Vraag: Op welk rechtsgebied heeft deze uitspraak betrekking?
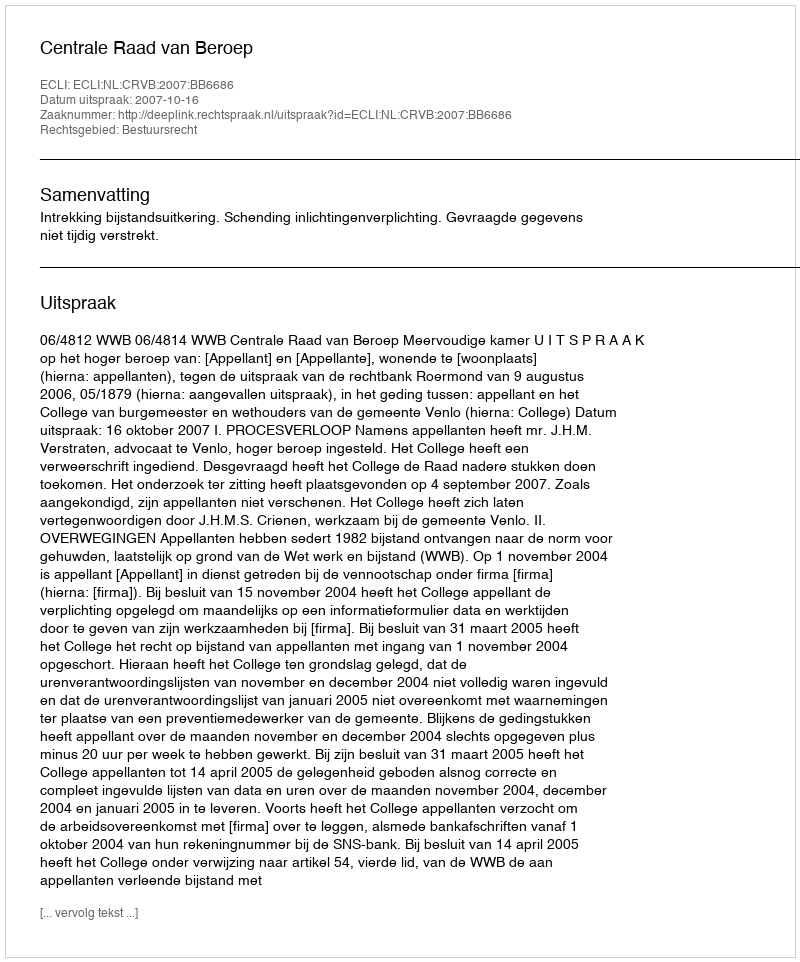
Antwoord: Bestuursrecht